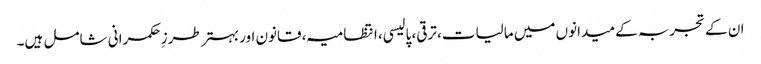
ان کے تجربہ کے میدانوں میں مالیات، ترقی، پالیسی، انتظامیہ، قانون اور بہتر طرزِ حکمرانی شامل ہیں۔